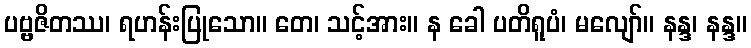
ပဗ္ဗဇိတဿ၊ ရဟန်းပြုသော။ တေ၊ သင့်အား။ န ခေါ ပတိရူပံ၊ မလျော်။ နန္ဒ၊ နန္ဒ။